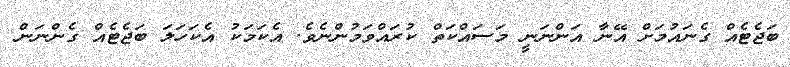
ބަޖެޓެއް ގެނައުމަށް އޭނާ އަންނަނީ މަސައްކަތް ކުރައްވަމުންނެވެ. އެކަމަކު އެކަހަލަ ބަޖެޓެއް ގެންނަން